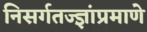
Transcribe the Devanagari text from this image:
निसर्गतज्ज्ञांप्रमाणे